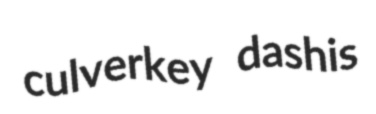
culverkey dashis